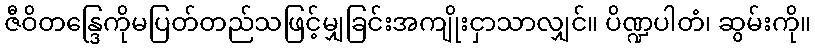
ဇီဝိတန္ဒြေကိုမပြတ်တည်သဖြင့်မျှခြင်းအကျိုးငှာသာလျှင်။ ပိဏ္ဍပါတံ၊ ဆွမ်းကို။